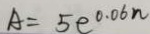
A = 5 e ^ { 0 . 0 6 n }